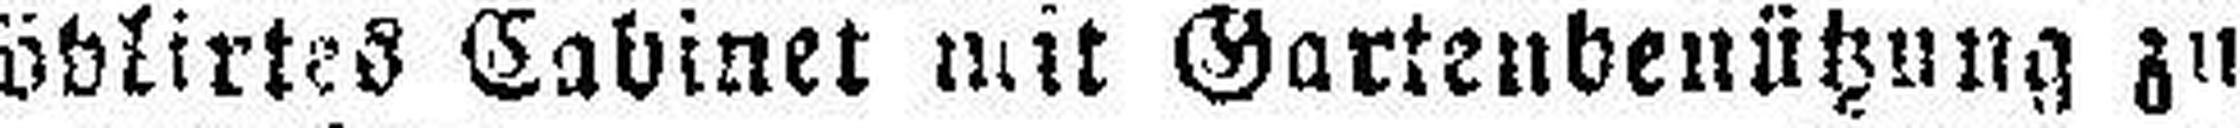
mödlirtes Cabinet mit Gartenbenützung zu